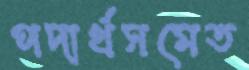
পদার্থসমেত